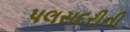
પલસદરીની